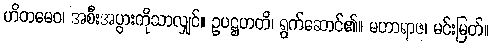
ဟိတမေဝ၊ အစီးအပွားကိုသာလျှင်။ ဥပဋ္ဌဟတိ၊ ရွက်ဆောင်၏။ မဟာရာဇ၊ မင်းမြတ်။